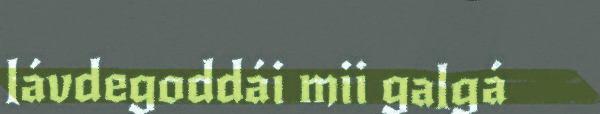
lávdegoddái mii galgá